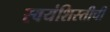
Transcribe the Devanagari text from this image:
स्वयंशिस्तीची